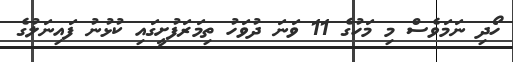
ހޯދި ނަމަވެސް މި މަހުގެ 11 ވަނަ ދުވަހު ތިމަރަފުށީގައި ކުޅުނު ފައިނަލުގެ